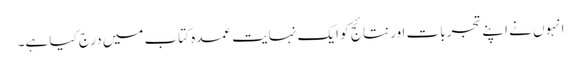
انہوں نے اپنے تجربات اور نتائج کو ایک نہایت عمدہ کتاب میں درج کیا ہے۔